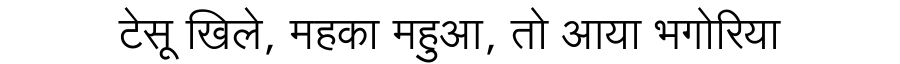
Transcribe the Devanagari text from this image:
टेसू खिले, महका महुआ, तो आया भगोरिया